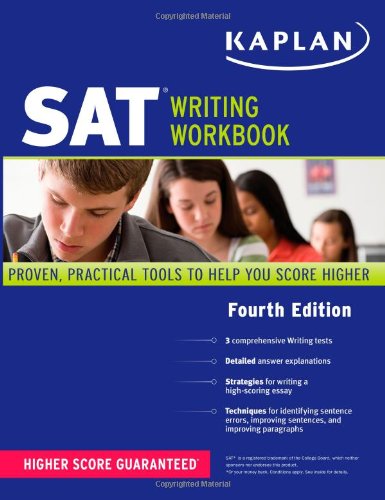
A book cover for Kaplan SAT Writing Workbook; Kaplan; Test Preparation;